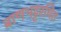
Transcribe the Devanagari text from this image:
बाणभट्टरचित